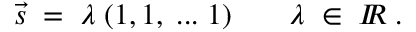
\vec { s } \; = \; \lambda \; ( 1 , 1 , \; . . . \; 1 ) \; \; \; \; \; \; \; \lambda \; \in \; I \! \! R \; .